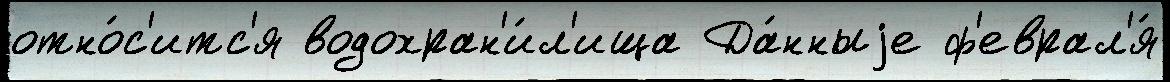
отно́с'итс'я водохран'и́л'ища Да́нныjе ф'еврал'я́